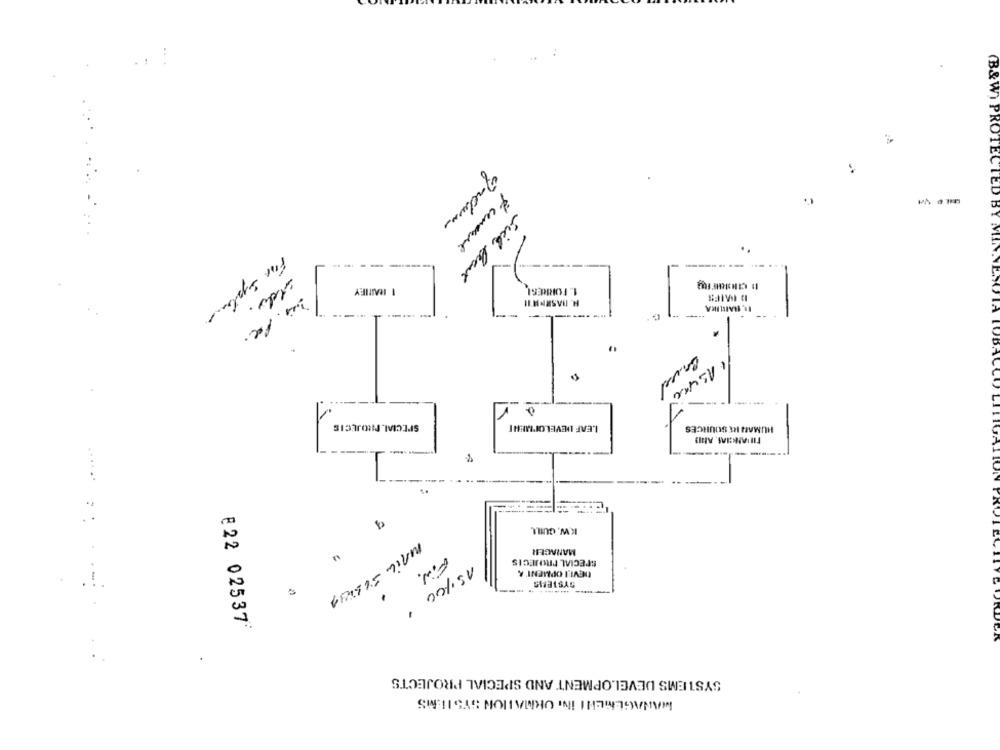
(B&W) PROTECTED
-- -------
sich have
I RAITIFY
1. FORRESI
H. BASENH'I!
For Systems
" .
1
SPECIAL PROJECTS
LEAF DEVELOPMENT
HUMAN RESOURCES
KW. GUILL
MANAGER
SPECIAL PRIMECIS
DEVE I OPMENT' A
FIN.
SYSTEMS
- --
.
15100
MAIL SUBIUA
E 22 02537
SYSTEMS DEVELOPMENT AND SPECIAL PROJECTS
MANAGEMEHI INI ORMATION SYSTEMS